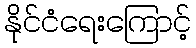
နိုင်ငံရေးကြောင့်